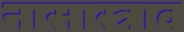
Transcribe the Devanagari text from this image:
नासास्त्राव